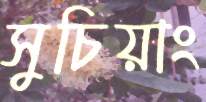
সুচিয়াং